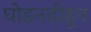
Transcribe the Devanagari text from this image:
घोडनदीहून